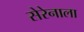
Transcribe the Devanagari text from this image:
सेरेनाला